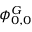
\phi _ { 0 , 0 } ^ { G }